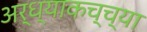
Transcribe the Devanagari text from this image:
अर्ध्याकच्च्या